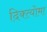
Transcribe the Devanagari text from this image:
दिक्त्योमा